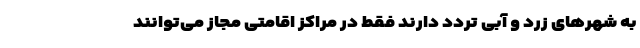
به شهرهای زرد و آبی تردد دارند فقط در مراکز اقامتی مجاز می‌توانند